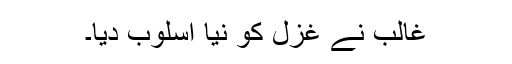
غالب نے غزل کو نیا اسلوب دیا۔